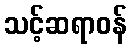
သင့်ဆရာဝန်